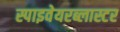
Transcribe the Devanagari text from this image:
स्पाइवेयरब्लास्टर